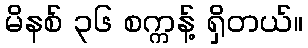
မိနစ် ၃၆ စက္ကန့် ရှိတယ်။